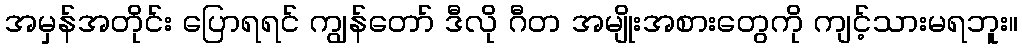
အမှန်အတိုင်း ပြောရရင် ကျွန်တော် ဒီလို ဂီတ အမျိုးအစားတွေကို ကျင့်သားမရဘူး။